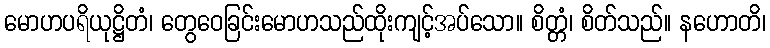
မောဟပရိယုဋ္ဌိတံ၊ တွေဝေခြင်းမောဟသည်ထိုးကျင့်အပ်သော။ စိတ္တံ၊ စိတ်သည်။ နဟောတိ၊